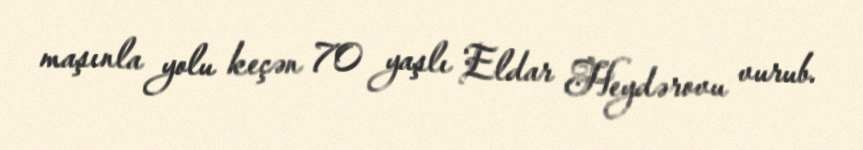
maşınla yolu keçən 70 yaşlı Eldar Heydərovu vurub.